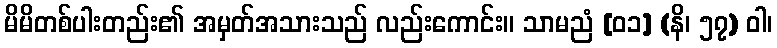
မိမိတစ်ပါးတည်း၏ အမှတ်အသားသည် လည်းကောင်း။ သာမညံ [၀၁] (နိ၊ ၅၇) ဝါ၊